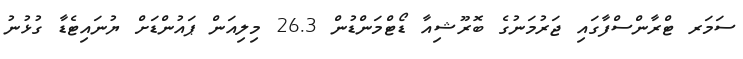
ސަމަރ ޓްރާންސްފާގައި ޖަރުމަނުގެ ބޮރޫޝިއާ ޑޯޓްމަންޑުން 26.3 މިލިއަން ޕައުންޑަށް ޔުނައިޓެޑާ ގުޅުނު